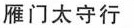
雁门太守行